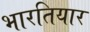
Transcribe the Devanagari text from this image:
भारतियार